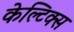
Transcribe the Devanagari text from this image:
केल्टिक्स